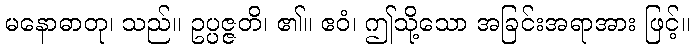
မနောဓာတု၊ သည်။ ဥပ္ပဇ္ဇတိ၊ ၏။ ဧဝံ၊ ဤသို့သော အခြင်းအရာအား ဖြင့်။